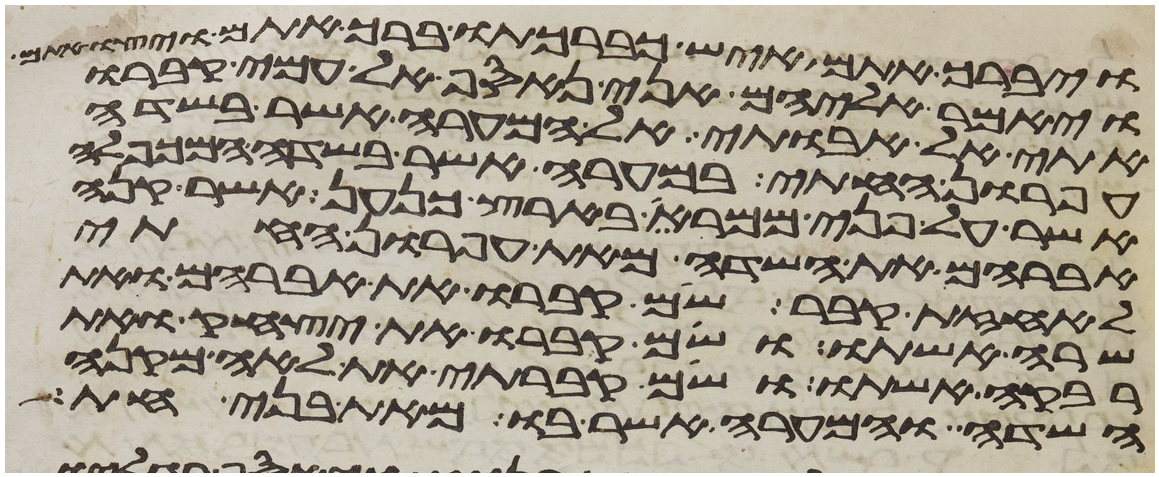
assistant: ויברך אתם איש כברכתו ברך אתם ויצו אתם
ויאמר אליהם אני נאסף אל עמי קברו
אתי אל אבותי אל המערה אשר בשדה
עפרון החתי במערה אשר בשדה המכפלה
אשר על פני ממרא בארץ כנען אשר קנה
אברהם את השדה מאת עפרון החתי
לאחזת קבר שם קברו את אברהם ואת
שרה אשתו ושם קברו את יצחק ואת
רבקה אשתו ושם קברתי את לאה מקנה
השדה והמערה אשר בו מאת בני חת